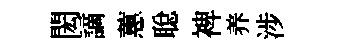
閎謫蕙聪裨养涉